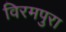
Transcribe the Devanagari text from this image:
विरमपुरा